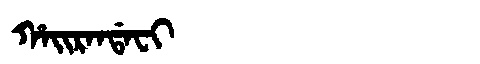
Manchu: ᡥᠠᡳᡵᠠᠨᡩᠠᠸᡳ
Romanization: HAIRANDAFI